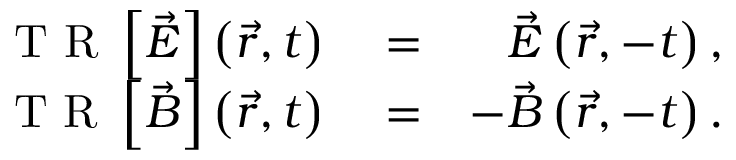
\begin{array} { r l r } { \mathrm { ~ T ~ R ~ } \left\lbrack \vec { E } \right\rbrack \left( \vec { r } , t \right) } & { { } = } & { \vec { E } \left( \vec { r } , - t \right) , } \\ { \mathrm { ~ T ~ R ~ } \left\lbrack \vec { B } \right\rbrack \left( \vec { r } , t \right) } & { { } = } & { - \vec { B } \left( \vec { r } , - t \right) . } \end{array}